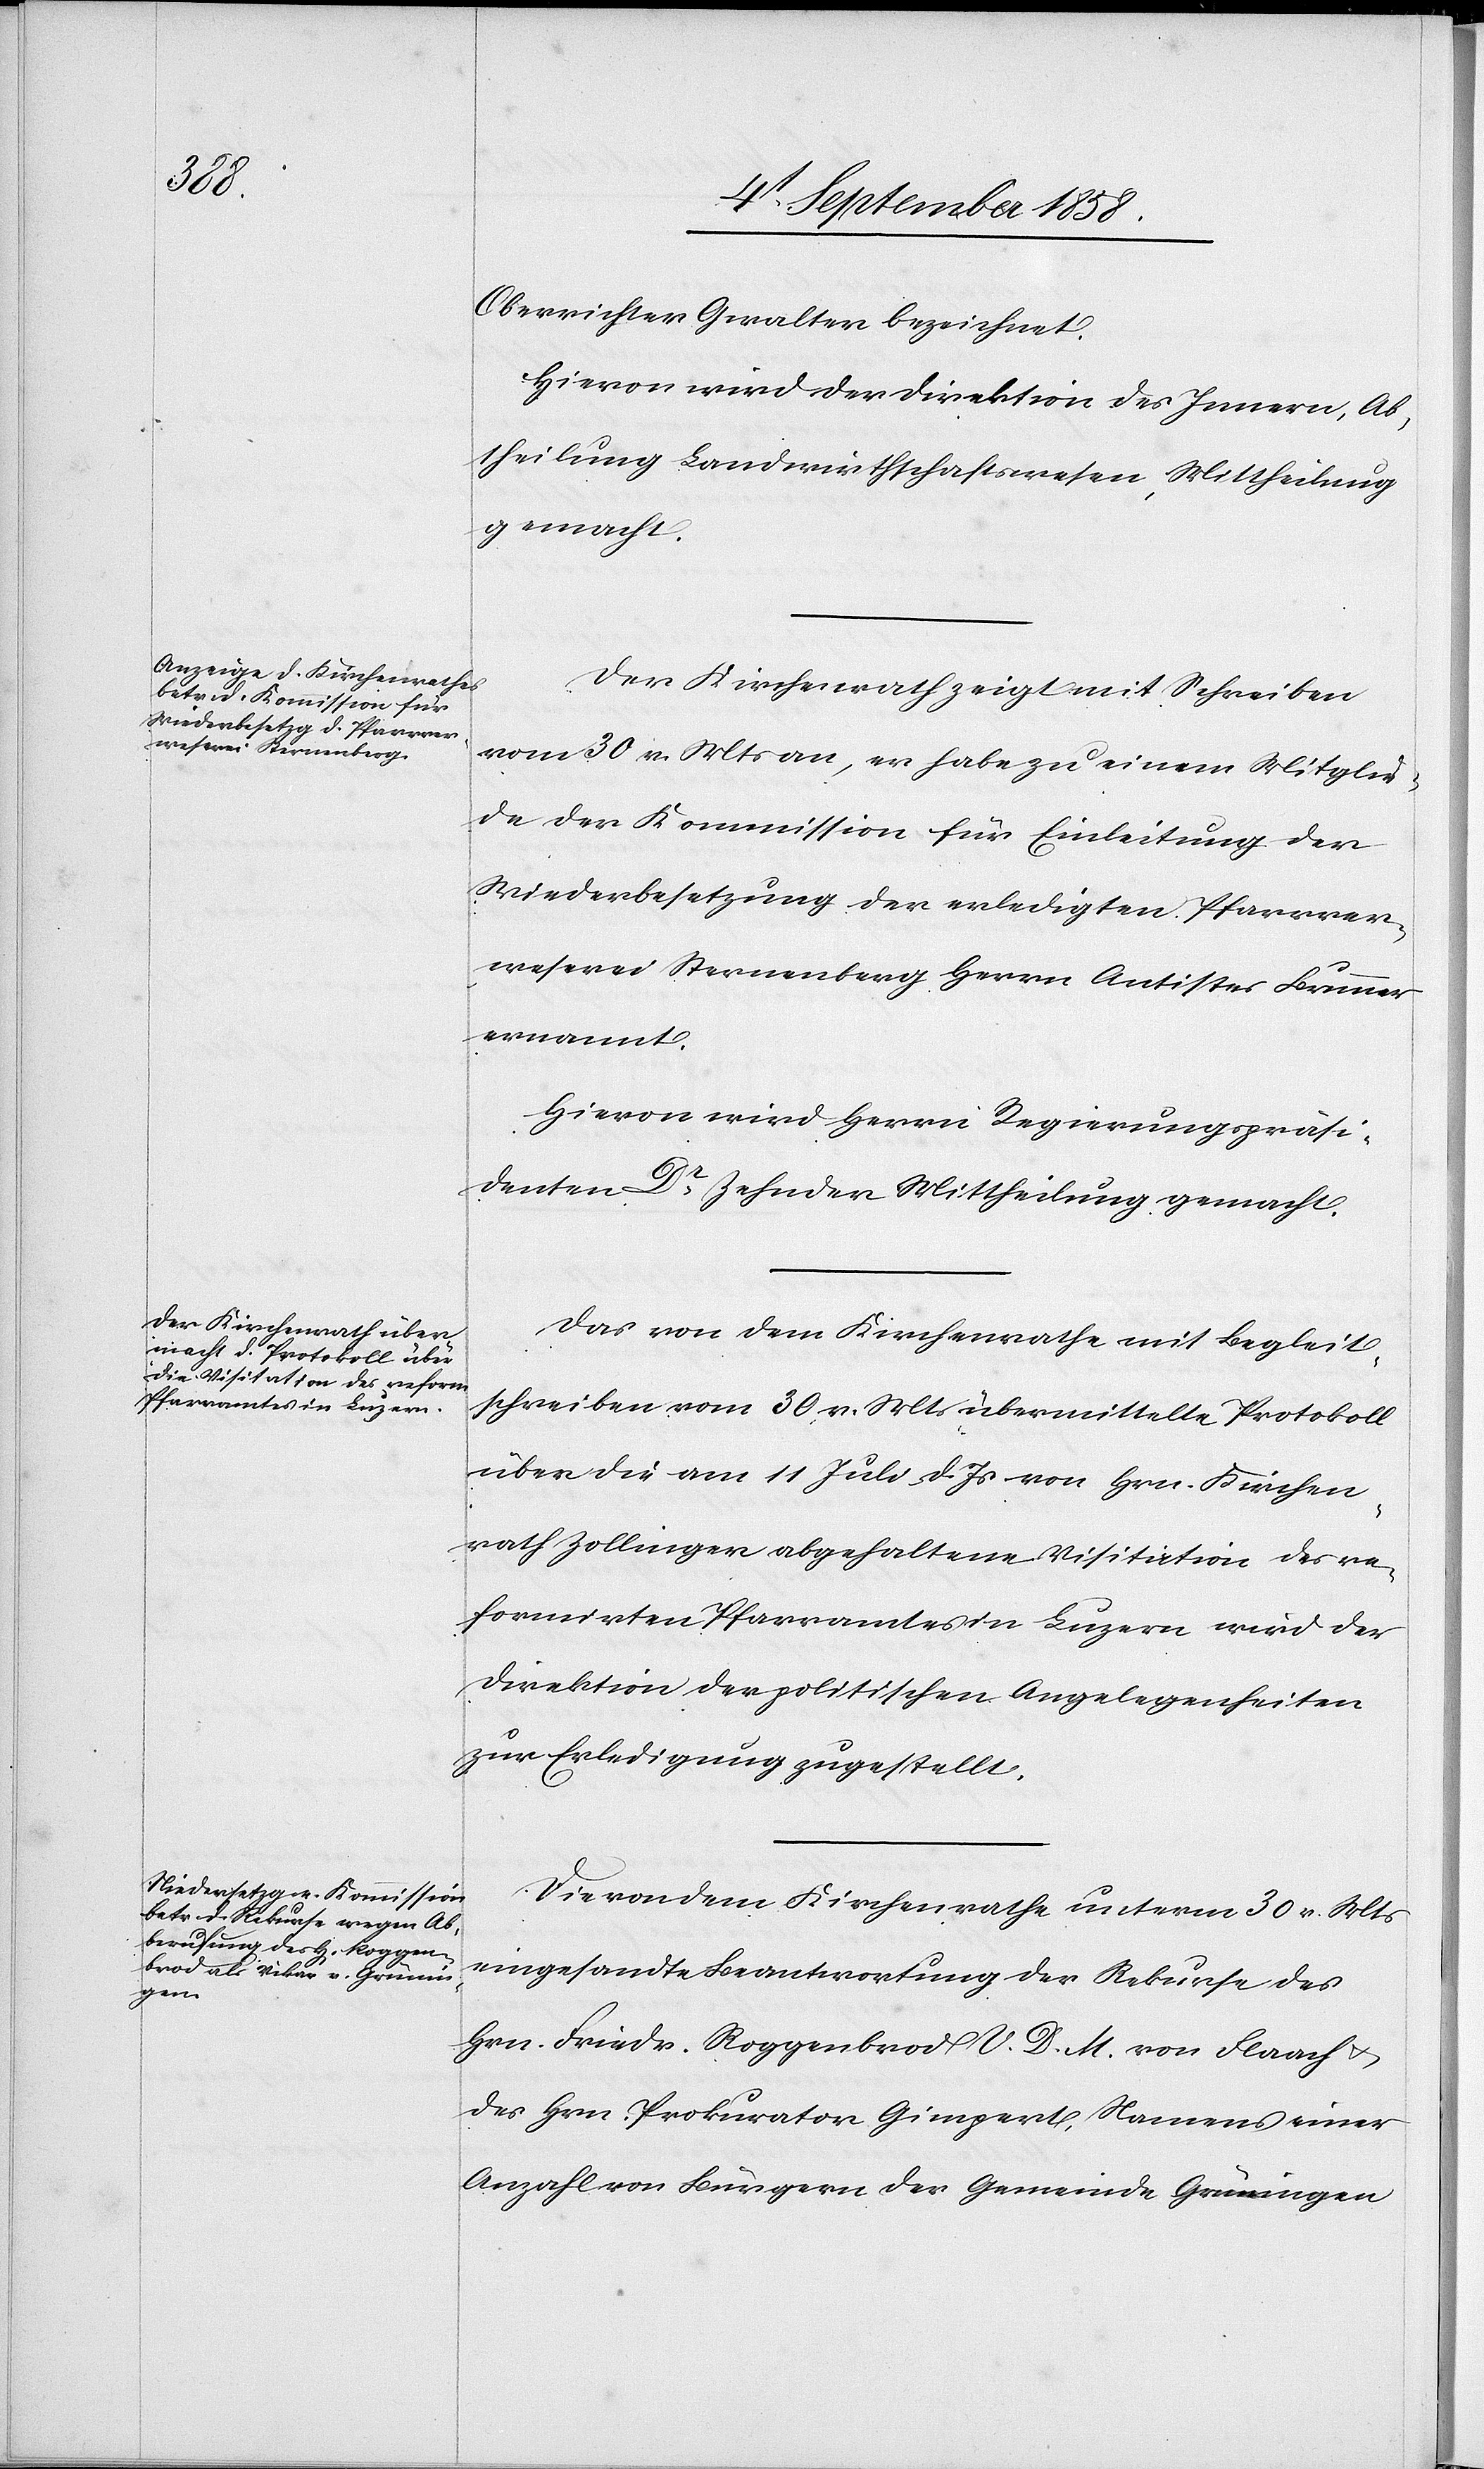
Oberrichter Gwalter bezeichnet.
Hievon wird der Direktion des Innern, Ab¬
theilung Landwirthschaftswesen, Mittheilung
gemacht.
Der Kirchenrath zeigt mit Schreiben
vom 30 v. Mts an, er habe zu einem Mitglie¬
de der Kommission für Einleitung der
Wiederbesetzung der erledigten Pfarrver¬
weserei Sternenberg Herrn Antistes Brunner
ernannt.
Hievon wird Herrn Regierungspräsi¬
denten Dr Zehnder Mittheilung gemacht.
Das von dem Kirchenrathe mit Begleit¬
schreiben vom 30 v. Mts übermittelte Protokoll
über die am 11 Juli d. Js von Hrn. Kirchen¬
rath Zollinger abgehaltene Visitation des re¬
formirten Pfarramtes in Luzern wird der
Direktion der politischen Angelegenheiten
zur Erledigung zugestellt.
Die von dem Kirchenrathe unterm 30 v. Mts
eingesandte Beantwortung der Rekurse des
Hrn. Friedr. Roggenbrod V. D. M. von Flaach &
des Hrn. Prokurator Gimpert, Namens einer
Anzahl von Bürgern der Gemeinde Grüningen